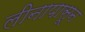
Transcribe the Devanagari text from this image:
लीनापासून